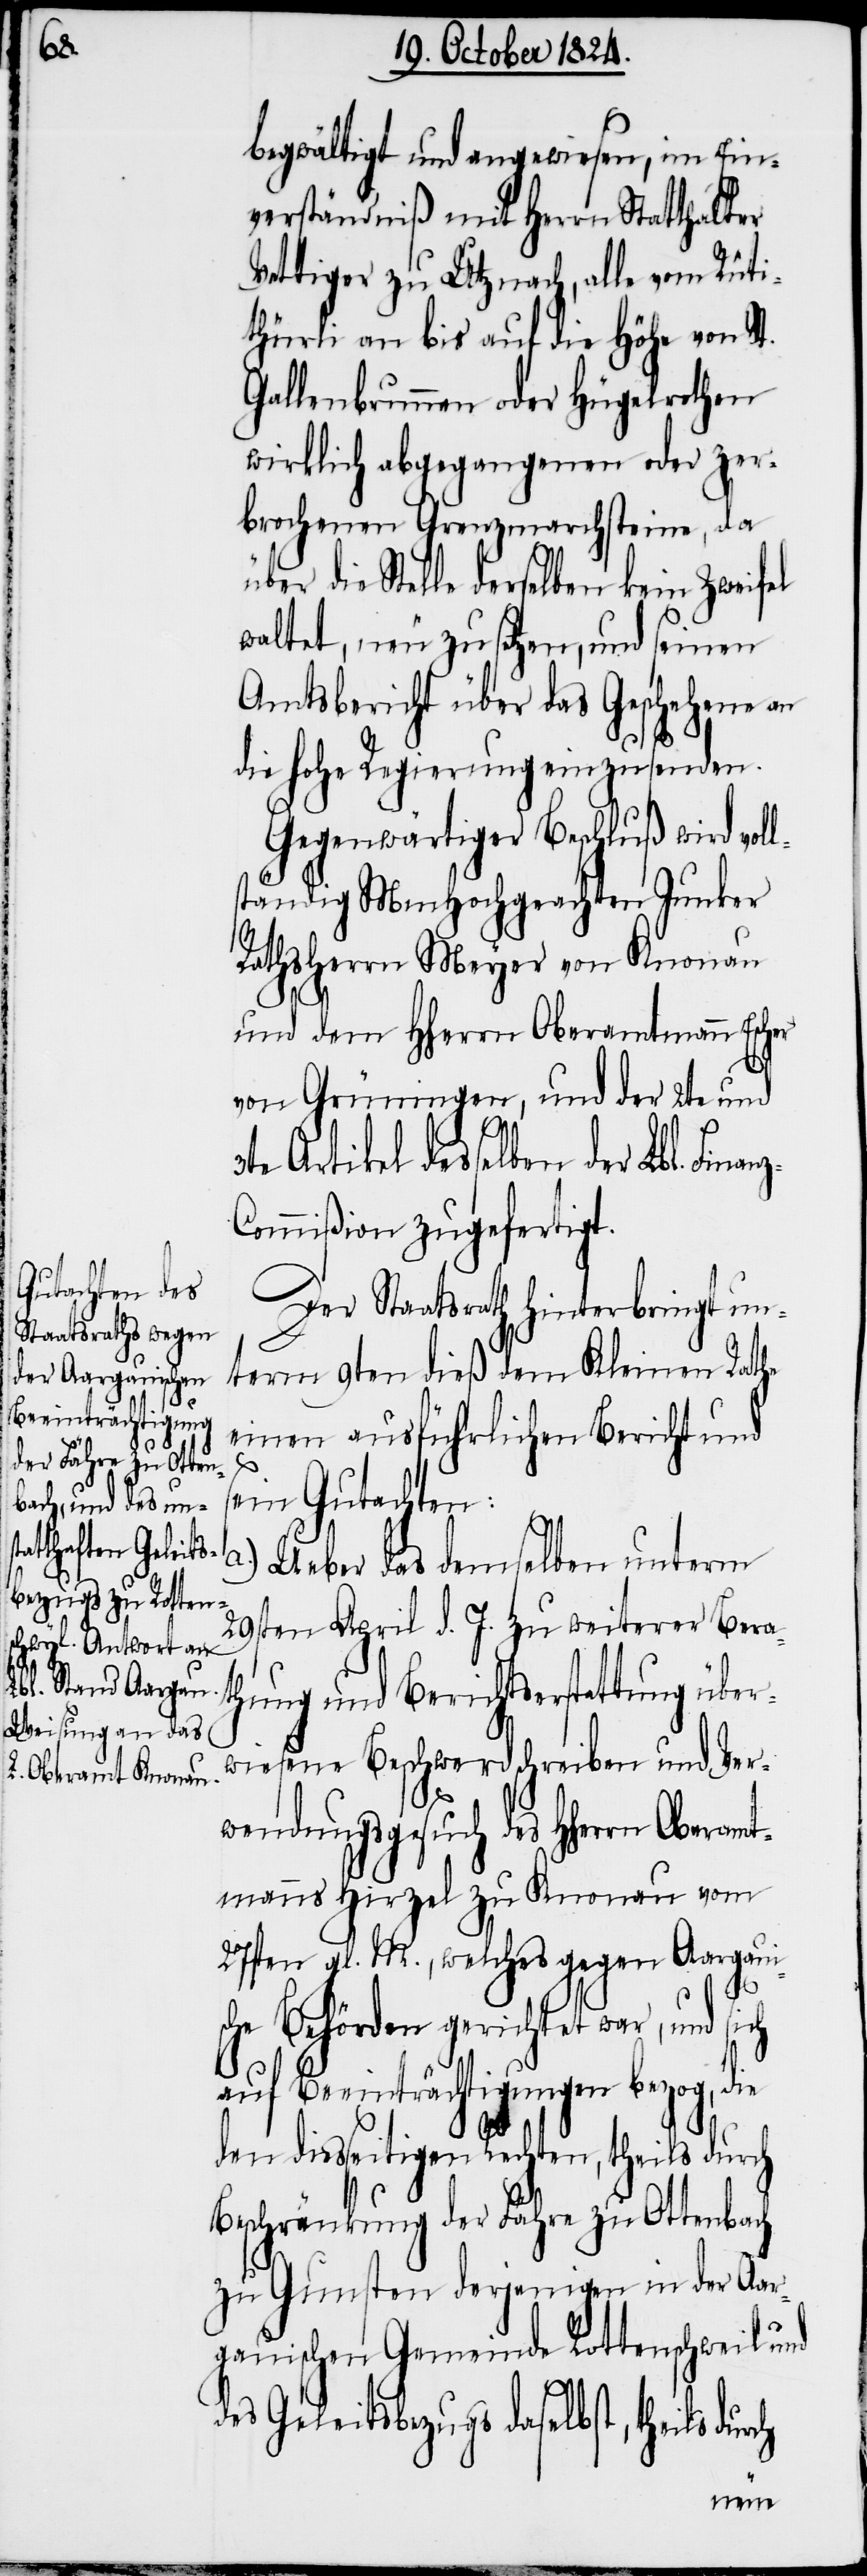
3t¬

begwältigt und angewiesen, im Ein¬
verständniß mit Herrn Statthalter
Vettiger zu Utznach, alle vom Rüti¬
thürli an bis auf die Höhe von St.
Gallenbrunnen oder Hügelrothen
wirklich abgegangenen oder zer¬
brochenen Grenzmarchsteine, da
über die Stelle derselben kein Zweifel
waltet, neu zu setzen, und seinen
Amtsbericht über das Geschehene an
die hohe Regierung einzusenden.
Gegenwärtiger Beschluß wird vol¬
ständig MmHochgeachten Junker
Rathsherrn Meyer von Knonau
und dem HHerrn Oberamtmann Escher
von Grüningen, und der 2te und
e Artikel desselben der Lbl. Fina¬
ommißion zugefertigt.
Der Staatsrath hinterbringt un¬
term 9ten dieß dem Kleinen Rathe
einen ausführlichen Bericht und
sein Gutachten:
a.) Ueber das demselben unterm
29sten April d. J. zu weiterer Bera¬
thung und Berichtserstattung über¬
wiesene Beschwerdeschreiben und Ver¬
wendungsgesuch des HHerrn Obera¬
mtmanns Hirzel zu Knonau vom
27sten gl. M., welches gegen Aargaui¬
ch
sche Behörden gerichtet war, und sich
auf Beeinträchtigungen bezog, die
den diesseitigen Rechten, theils durch
Beschränkung der Fähre zu Ottenbach
zu Gunsten derjenigen in der Aar¬
gauischen Gemeinde Rottenschweil und
des Geleitbezugs daselbst, theils dur¬
nz-C¬